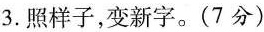
3.照样子，变新字。(7分)